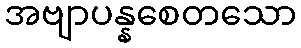
အဗျာပန္နစေတသော